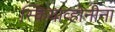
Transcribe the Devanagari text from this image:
स्कियाव्होनीना